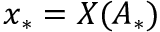
x _ { * } = X ( A _ { * } )